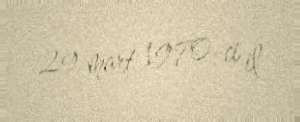
29 mart 1970-ci il